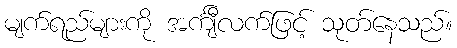
မျက်ရည်များကို အင်္ကျီလက်ဖြင့် သုတ်နေသည်။